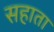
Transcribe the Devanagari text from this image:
सहाता